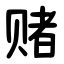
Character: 赌